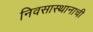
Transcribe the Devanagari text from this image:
निवसास्थानाची